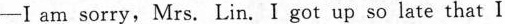
-Ⅰ am sorry, Mrs. Lin. I got up so late that I